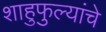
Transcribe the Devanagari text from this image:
शाहुफुल्यांचे